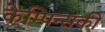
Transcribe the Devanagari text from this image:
केम्पिन्सकी